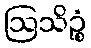
ဩသိဉ္စံ